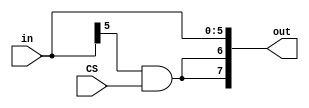
module Constant_Unit #(
								parameter OUT_BUS_WIDTH = 8,
								parameter IN_BUS_WIDTH = 6,
								parameter EXT_WIDTH = OUT_BUS_WIDTH - IN_BUS_WIDTH
							)
							(
								in, 
								CS, 
								out
							);
							
							input wire [IN_BUS_WIDTH - 1:0] in;
							input wire CS;
							output wire [OUT_BUS_WIDTH - 1:0] out;
							 
							assign out = {{EXT_WIDTH{(in[IN_BUS_WIDTH - 1] & CS)}}, in[IN_BUS_WIDTH - 1:0]};

endmodule